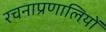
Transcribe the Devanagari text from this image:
रचनाप्रणालियों